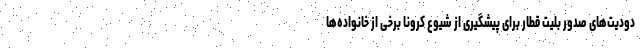
دودیت‌های صدور بلیت قطار برای پیشگیری از شیوع کرونا برخی از خانواده‌ها